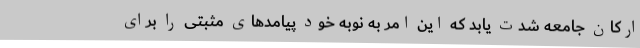
ارکان جامعه شدت یابد که این امر به نوبه خود پیامدهای مثبتی را برای